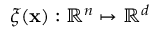
\xi ( \mathbf { x } ) : \mathbb { R } ^ { n } \mapsto \mathbb { R } ^ { d }